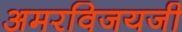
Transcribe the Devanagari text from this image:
अमरविजयजी